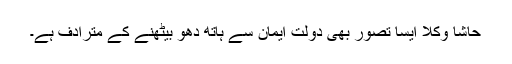
حاشا وکلا ایسا تصور بھی دولت ایمان سے ہاتھ دھو بیٹھنے کے مترادف ہے۔